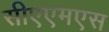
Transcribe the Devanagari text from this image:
सीएएमएस